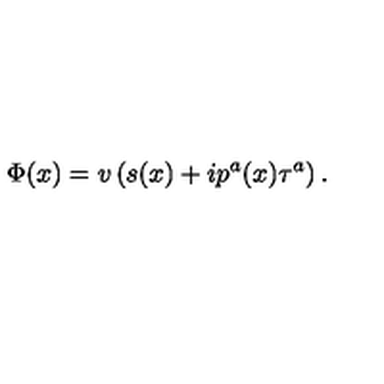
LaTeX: \Phi ( x ) = v \left( s ( x ) + i p ^ { a } ( x ) \tau ^ { a } \right) .